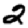
Digit: 2